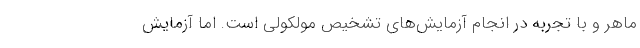
ماهر و با تجربه در انجام آزمایش‌های تشخیص مولکولی است. اما آزمایش